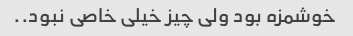
خوشمزه بود ولی چیز خیلی خاصی نبود..